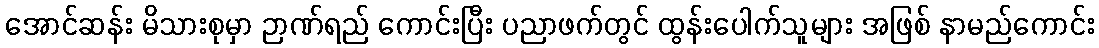
အောင်ဆန်း မိသားစုမှာ ဉာဏ်ရည် ကောင်းပြီး ပညာဖက်တွင် ထွန်းပေါက်သူများ အဖြစ် နာမည်ကောင်း